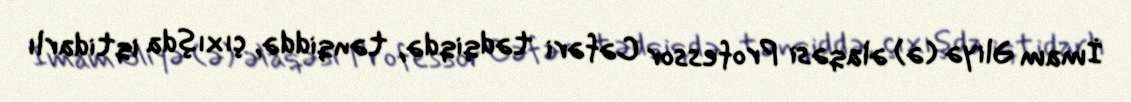
İmam Əliyə (ə) əlaqəsi Professor Cəfəri tədqiqdə, tənqiddə, çıxışda iqtidarlı